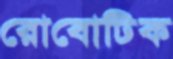
রোবোটিক